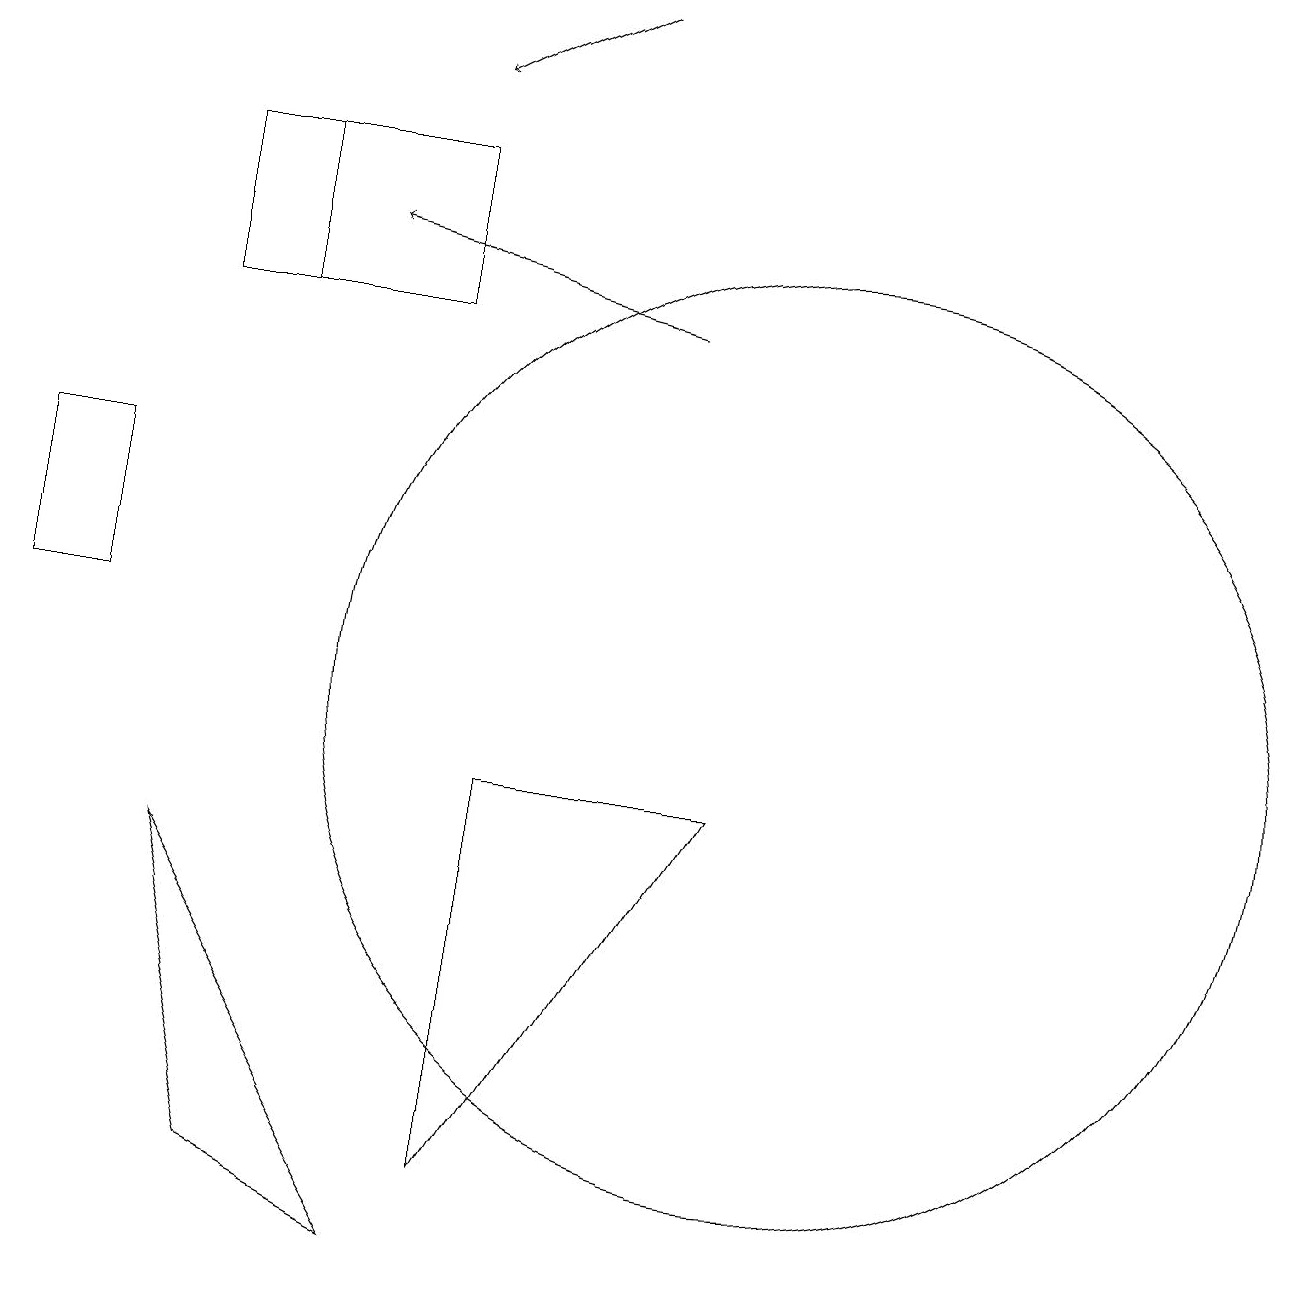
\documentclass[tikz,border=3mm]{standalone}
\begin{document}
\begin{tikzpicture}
\draw (10,10) circle (6);
\draw (2,15) rectangle (5,17);
\draw (0,11) rectangle (1,13);
\draw[->] (7,19) -- (5,18);
\draw[->] (8,15) -- (4,16);
\draw (3,4) -- (5,3) -- (2,8) -- cycle;
\draw (6,4) -- (6,9) -- (9,9) -- cycle;
\draw (3,15) rectangle (3,17);
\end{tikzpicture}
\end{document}